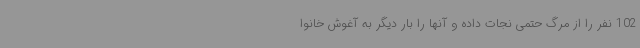
102 نفر را از مرگ حتمی نجات داده و آنها را بار دیگر به آغوش خانوا